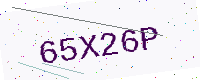
Text: 65X26P